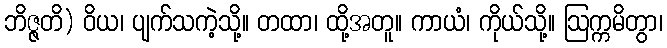
ဘိဇ္ဇတိ) ဝိယ၊ ပျက်သကဲ့သို့။ တထာ၊ ထို့အတူ။ ကာယံ၊ ကိုယ်သို့။ ဩက္ကမိတွာ၊